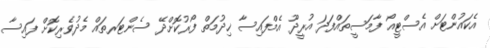
އެކައުންޓަށް އެސްޓީއޯ ފާމަސީތައްފަދަ އުރީދޫ އެމްފައިސާ ޚިދުމަތް ފޯރުކޮށްދޭ ސެންޓަރތައް މެދުވެރިކޮށް ފައިސާ